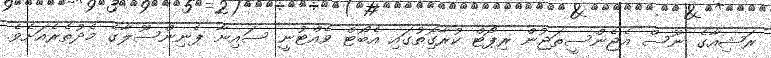
ރަޝިއާގެ ނޫސް އެޖެންސީތަޖުން ރިޕޯޓް ކުރާގޮިތުގައި އެބޯޓް ވެއްޓުނީ ސައިނާ ޕެނިންސޫލާގެ މެދުތެރެއަށެވެ.